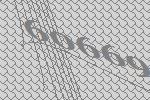
60669